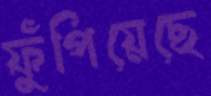
ফুঁপিয়েছে